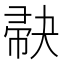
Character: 𪩺